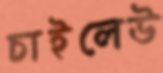
চাইলেউ